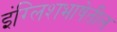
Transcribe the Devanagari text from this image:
इंग्लिशभाषेतील